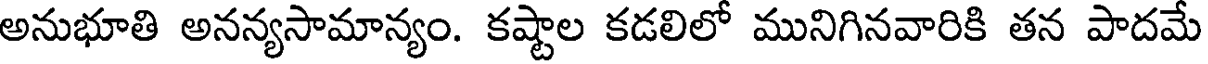
అనుభూతి అనన్యసామాన్యం. కష్టాల కడలిలో మునిగినవారికి తన పాదమే